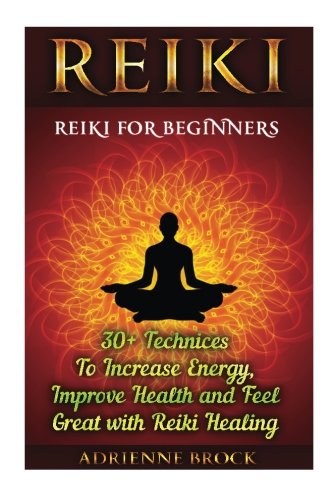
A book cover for Reiki: Reiki For Beginners: 30+ Technices To Increase Energy, Improve Health and Feel Great with Reiki Healing: (Healing, Reiki, Reiki Healing, ... healing, Reiki, Yoga, Meditation) (Volume 1); Adrienne Brock; Religion & Spirituality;